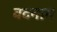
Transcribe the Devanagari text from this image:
वदनाम